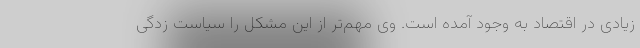
زیادی در اقتصاد به وجود آمده است. وی مهم‌تر از این مشکل را سیاست زدگی